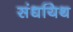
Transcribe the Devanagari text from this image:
संधयिथ